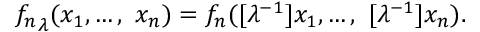
{ f _ { n } } _ { \lambda } ( x _ { 1 } , \ldots , \ x _ { n } ) = f _ { n } ( [ \lambda ^ { - 1 } ] x _ { 1 } , \ldots , \ [ \lambda ^ { - 1 } ] x _ { n } ) .